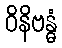
ဝိနိဗန္ဓံ